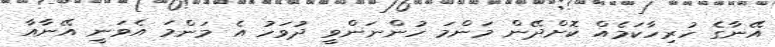
އޭނާގެ ހުރިހާކަމެއް ކޮށްދޭން މަންމަ ހުންނަންވީ ދުވަހު އެ މަންމަ އެވަނީ އޭނާއާ